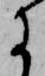
に